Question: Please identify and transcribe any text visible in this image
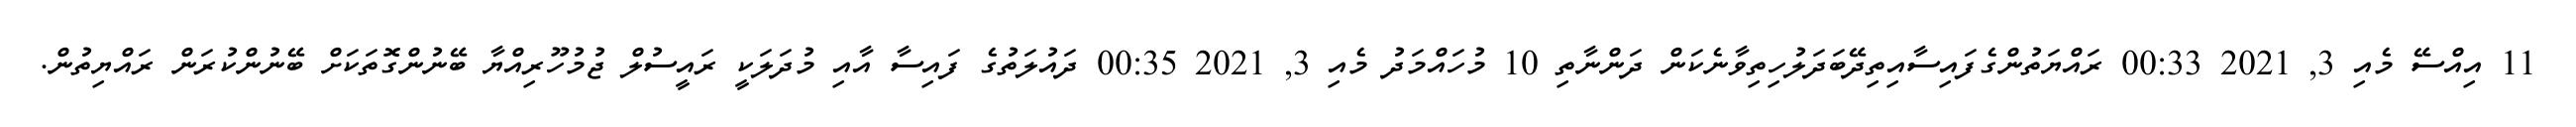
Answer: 11 އިއްސޭ މެއި 3, 2021 00:33 ރައްޔަތުންގެފައިސާއިތިދޭބަދަލުހިތިވާނެކަން ދަންނާތި 10 މުހައްމަދު މެއި 3, 2021 00:35 ދައުލަތުގެ ފައިސާ އާއި މުދަލަކީ ރައީސުލް ޖުމުހޫރިއްޔާ ބޭނުންގޮތަކަށް ބޭނުންކުރަން ރައްޔިތުން.